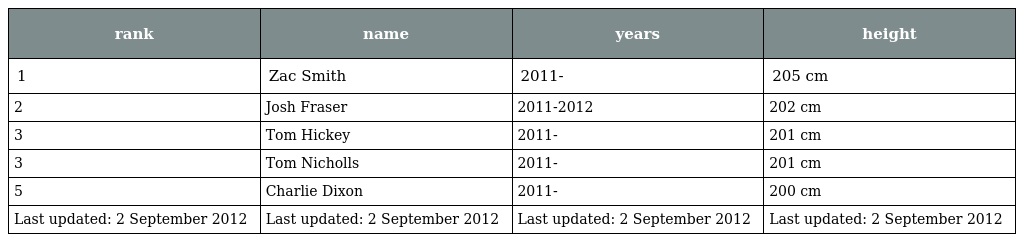
| rank | name | years | height |
 | --- | --- | --- | --- |
 | 1 | Zac Smith | 2011- | 205 cm |
 | 2 | Josh Fraser | 2011-2012 | 202 cm |
 | 3 | Tom Hickey | 2011- | 201 cm |
 | 3 | Tom Nicholls | 2011- | 201 cm |
 | 5 | Charlie Dixon | 2011- | 200 cm |
 | Last updated: 2 September 2012 | Last updated: 2 September 2012 | Last updated: 2 September 2012 | Last updated: 2 September 2012 |